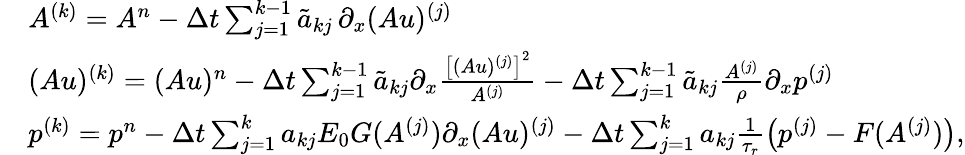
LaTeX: \begin{array}{rl}&{A^{(k)}=A^{n}-\Delta t\sum_{j=1}^{k-1}\tilde{a}_{kj}\, \partial_{x}(Au)^{(j)}}\\ &{(Au)^{(k)}=(Au)^{n}-\Delta t\sum_{j=1}^{k-1}\tilde{a}_{kj}\partial_{x}\frac{\left[(Au)^{(j)}\right]^{2}}{A^{(j)}}-\Delta t\sum_{j=1}^{k-1}\tilde{a}_{kj}\frac{A^{(j)}}{\rho}\partial_{x}p^{(j)}}\\ &{p^{(k)}=p^{n}-\Delta t\sum_{j=1}^{k}a_{kj}E_{0}G(A^{(j)})\partial_{x}(Au)^{(j)}-\Delta t\sum_{j=1}^{k}a_{kj}\frac{1}{\tau_{r}}\left(p^{(j)}-F(A^{(j)})\right),}\end{array}